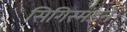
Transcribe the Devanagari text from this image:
सिगिस्मंडने